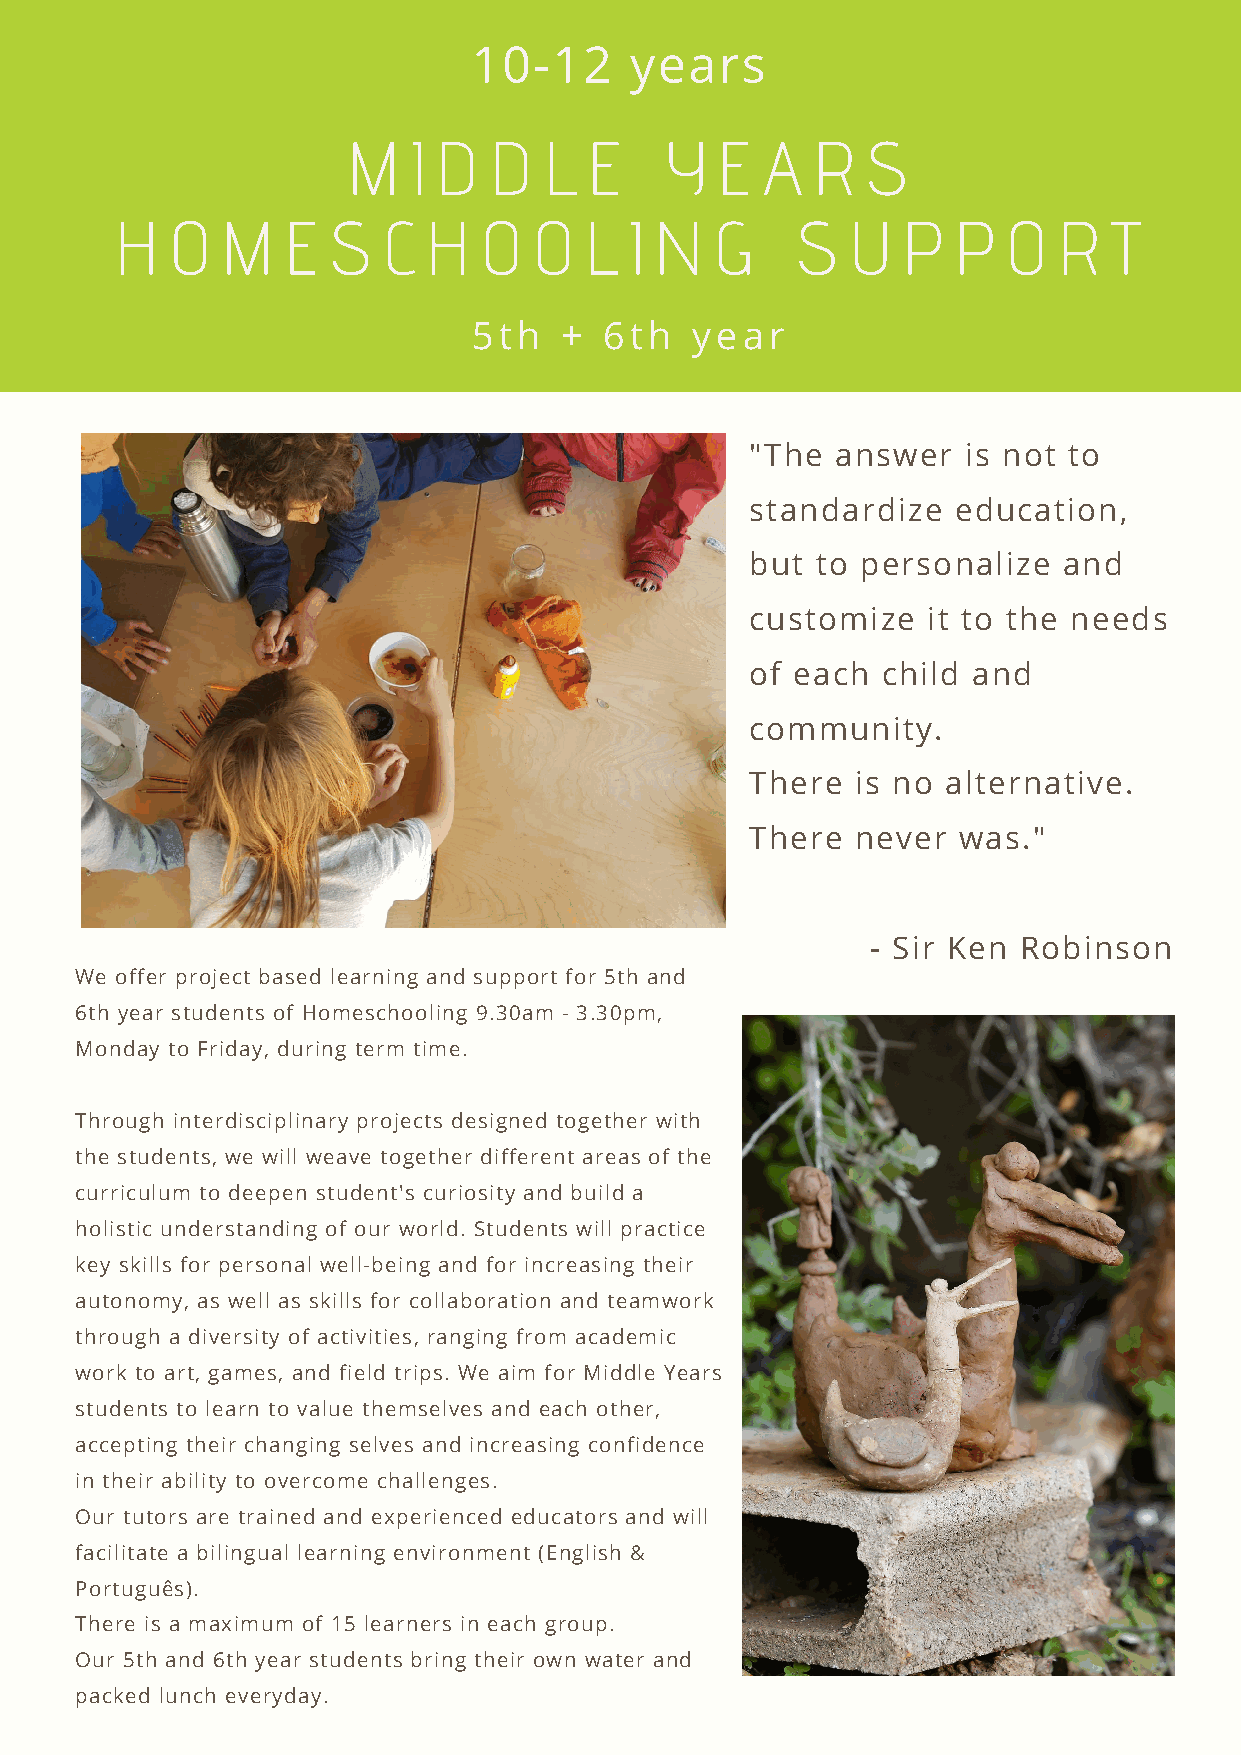
10-12      years
 M   I D  D   L  E    Y  E   A  R  S
 H  O   M   E  S  C  H   O  O   L  I N  G     S  U   P  P   O  R   T
 5th   +  6th   year
 "The answer   is not to
 standardize  education,
 but to personalize  and
 customize  it to the needs
 PHOTO BY MARTIN R. SMITH
 of each child and
 community.
 There  is no alternative.
 There  never was."
 - Sir Ken Robinson
 We offer project based learning and support for 5th and
 6th year students of Homeschooling 9.30am - 3.30pm,
 Monday to Friday, during term time.
 Through interdisciplinary projects designed together with
 the students, we will weave together different areas of the
 curriculum to deepen student's curiosity and build a
 holistic understanding of our world. Students will practice
 key skills for personal well-being and for increasing their
 autonomy, as well as skills for collaboration and teamwork
 through a diversity of activities, ranging from academic
 work to art, games, and field trips. We aim for Middle Years
 students to learn to value themselves and each other,
 accepting their changing selves and increasing confidence
 in their ability to overcome challenges.
 Our tutors are trained and experienced educators and will
 facilitate a bilingual learning environment (English &
 Português).
 There is a maximum of 15 learners in each group.
 Our 5th and 6th year students bring their own water and
 packed lunch everyday.